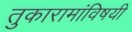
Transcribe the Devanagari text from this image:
तुकारामांविषयी